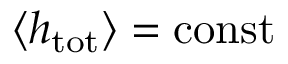
\langle h _ { \mathrm { t o t } } \rangle = \mathrm { c o n s t } { }